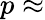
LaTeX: p\approx